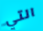
التي